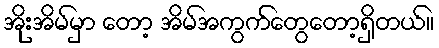
အိုးအိမ်မှာ တော့ အိမ်အကွက်တွေတော့ရှိတယ်။